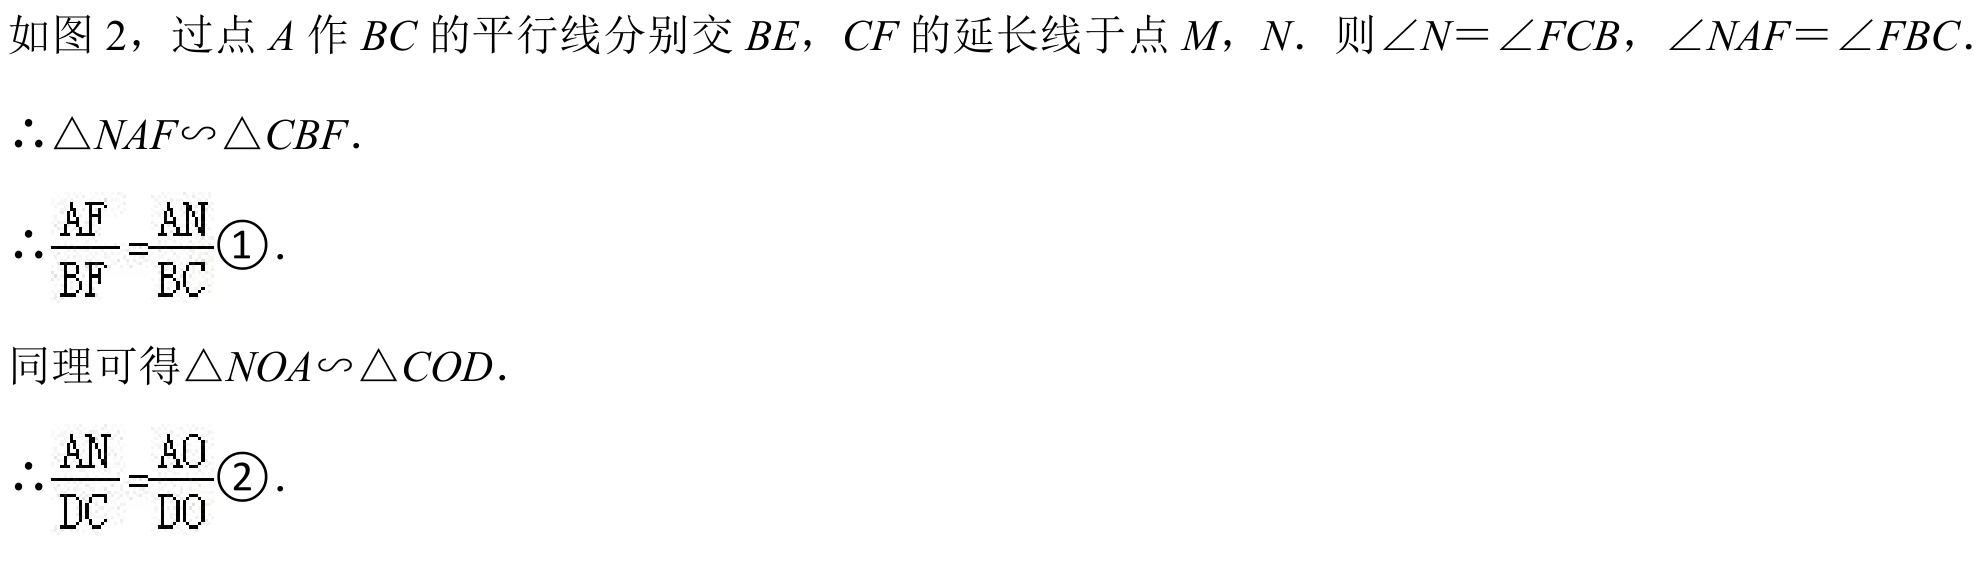
如图 2，过点 \(A\) 作 \(BC\) 的平行线分别交 \(BE\)，\(CF\) 的延长线于点 \(M\)，\(N\). 则\(\angle N = \angle FCB\)，\(\angle NAF=\angle FBC\).
\(\therefore\triangle NAF\sim\triangle CBF\).
\(\therefore\frac{AF}{BF}=\frac{AN}{BC}\textcircled{1}\).

同理可得\(\triangle NOA\sim\triangle COD\).
\(\therefore\frac{AN}{DC}=\frac{AO}{DO}\textcircled{2}\).